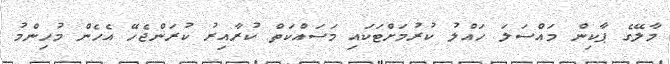
މާލޭގެ ޕާކިން މައްސަލަ ހައްލު ކުރުމަށްޓަކައި މަސައްކަތް ކުރާއިރު ކުރަންޖެހޭ އެހެން މުހިންމު